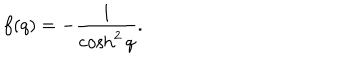
f ( q ) = - \frac { 1 } { \cosh ^ { 2 } q } .